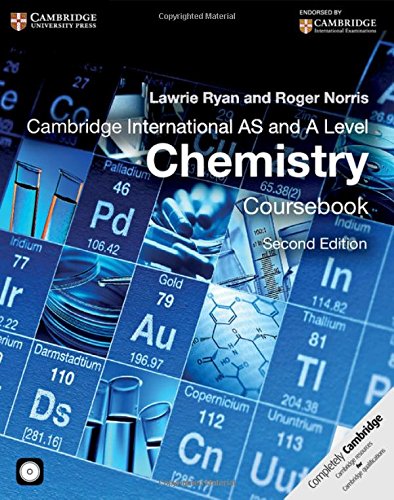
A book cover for Cambridge International AS and A Level Chemistry Coursebook with CD-ROM (Cambridge International Examinations); Lawrie Ryan; Teen & Young Adult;